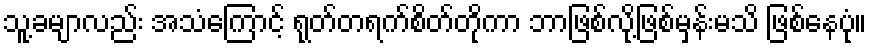
သူ့ခမျာလည်း အသံကြောင့် ရုတ်တရက်စိတ်တိုကာ ဘာဖြစ်လို့ဖြစ်မှန်းမသိ ဖြစ်နေပုံ။